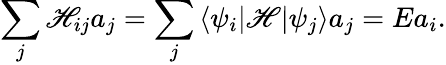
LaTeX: \sum_{j}\mathscr{H}_{ij}a_{j}=\sum_{j}\left<\psi_{i}|\mathscr{H}|\psi_{j}\right>a_{j}=Ea_{i}.